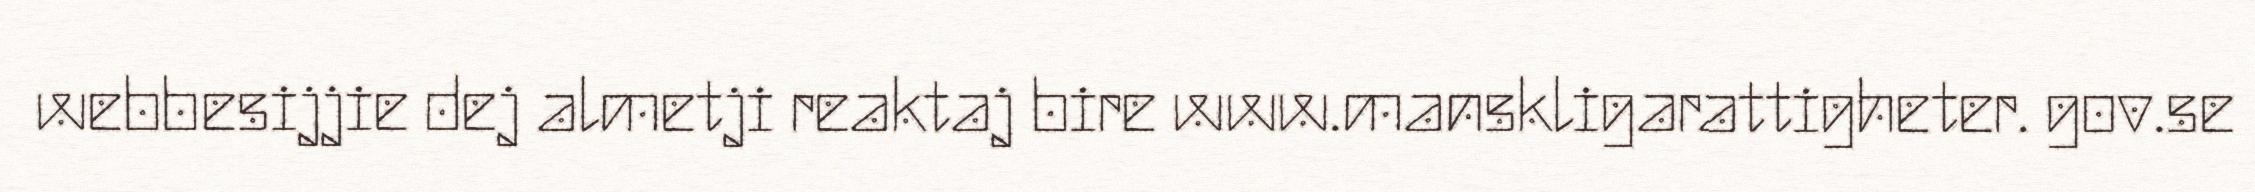
webbesijjie dej almetji reaktaj bire www.manskligarattigheter. gov.se